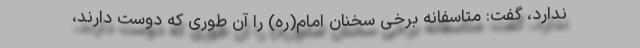
ندارد، گفت: متاسفانه برخی سخنان امام(ره) را آن طوری که دوست دارند،